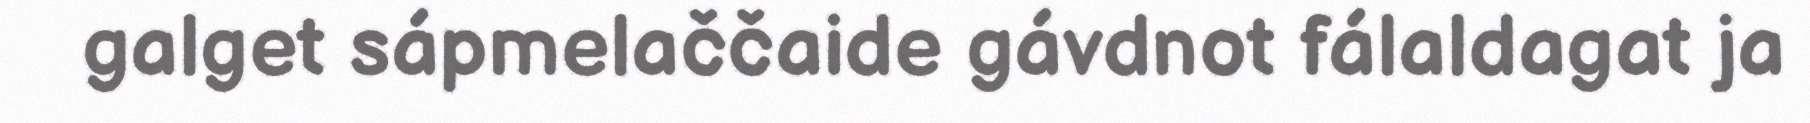
galget sápmelaččaide gávdnot fálaldagat ja